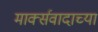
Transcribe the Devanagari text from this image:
मार्क्सवादाच्या